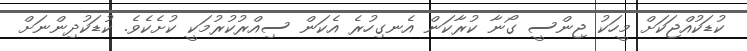
ކުޑަކުއްޖަކަށް މީހަކު ޖިންސީ ގޯނާ ކުރާކަން އެނގިހުރެ އެކަން ސިއްރުކުރުމަކީ ކުށެކެވެ. ކުޑަކުދިންނަށް